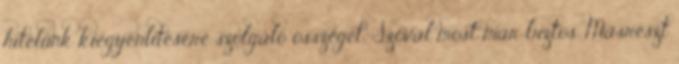
hitelünk kiegyenlítésére szolgáló összeget. Szóval most már biztos. Másrészt